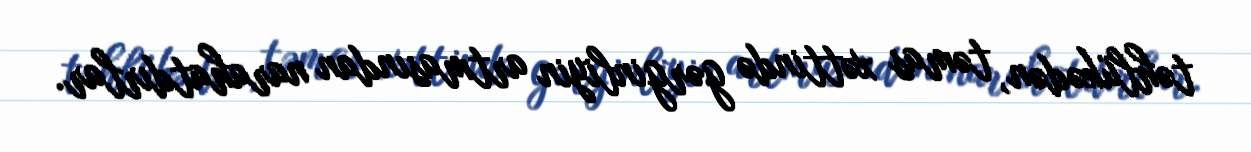
təhlükədən, təmas xəttində gərginliyin artmasından narahatdırlar.